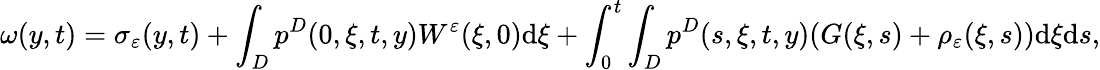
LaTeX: \omega(y,t)=\sigma_{\varepsilon}(y,t)+\int_{D}p^{D}(0,\xi,t,y)W^{\varepsilon}(\xi,0)\textrm{d}\xi+\int_{0}^{t}\int_{D}p^{D}(s,\xi,t,y)(G(\xi,s)+\rho_{\varepsilon}(\xi,s))\textrm{d}\xi\textrm{d}s,